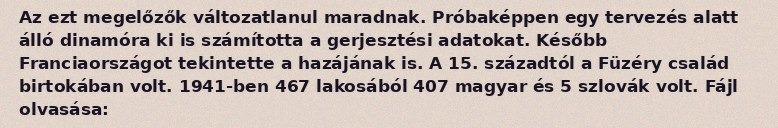
Az ezt megelőzők változatlanul maradnak. Próbaképpen egy tervezés alatt álló dinamóra ki is számította a gerjesztési adatokat. Később Franciaországot tekintette a hazájának is. A 15. századtól a Füzéry család birtokában volt. 1941-ben 467 lakosából 407 magyar és 5 szlovák volt. Fájl olvasása: